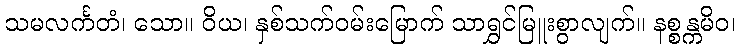
သမလင်္ကတံ၊ သော။ ဝိယ၊ နှစ်သက်ဝမ်းမြောက် သာရွှင်မြူးစွာလျက်။ နစ္စန္ကမိဝ၊